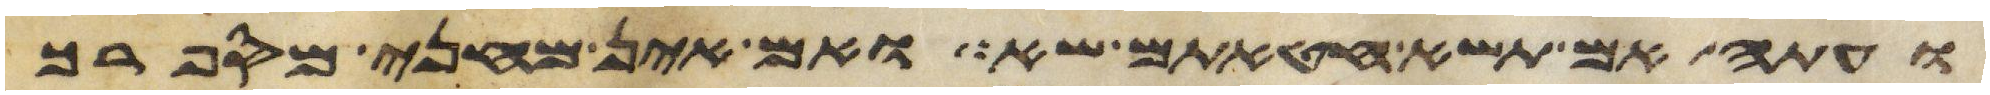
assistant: ועתה אם תשא חטאתם שא ואם אין מחני מספרך